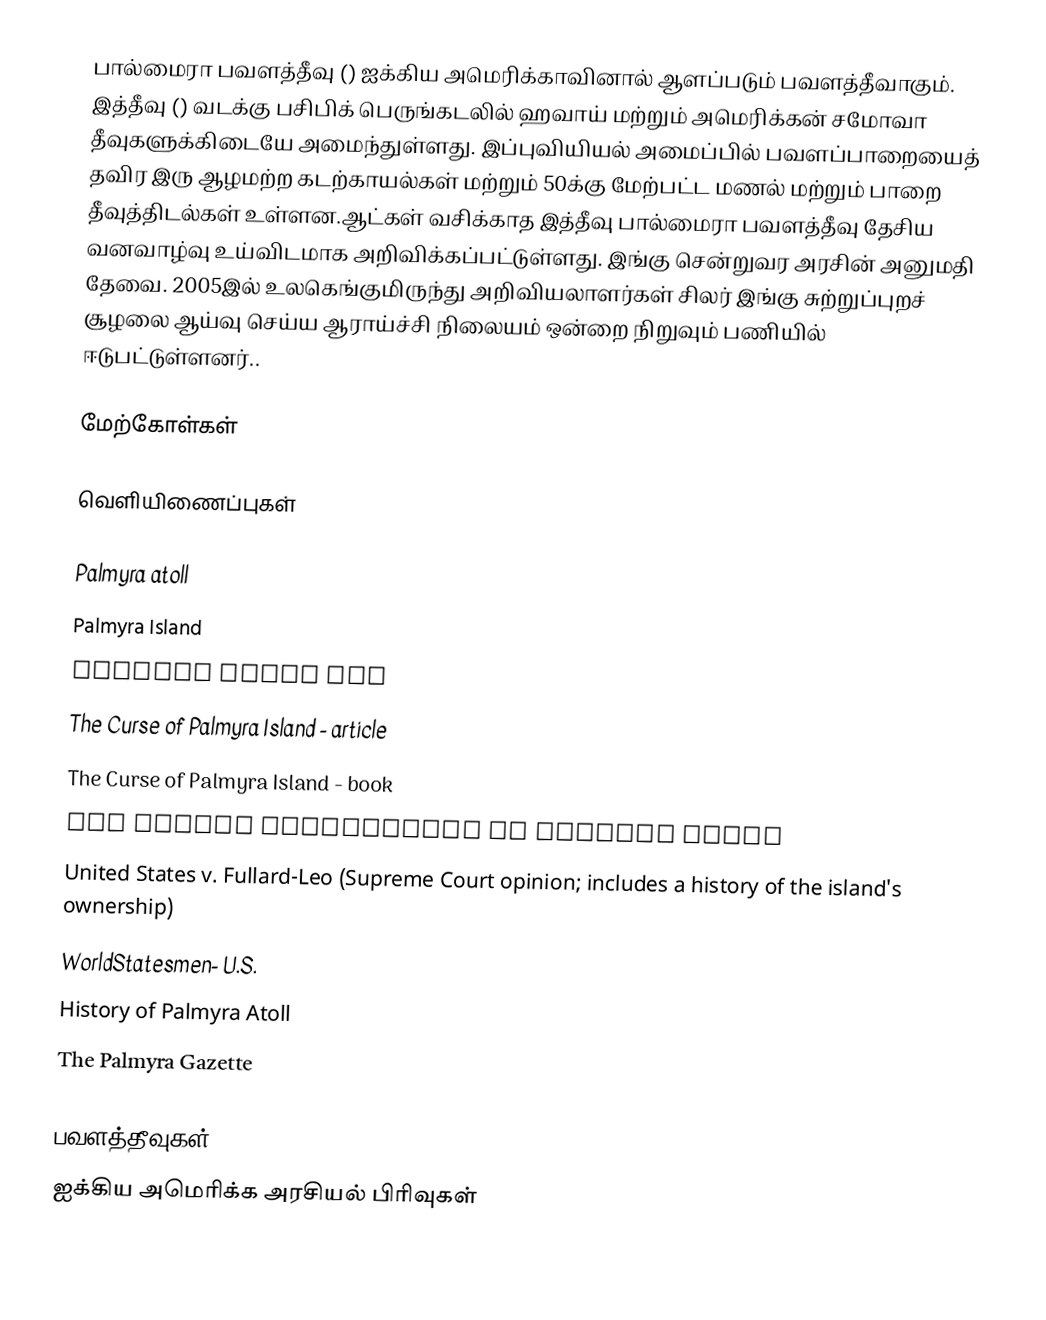
பால்மைரா பவளத்தீவு () ஐக்கிய அமெரிக்காவினால் ஆளப்படும் பவளத்தீவாகும். இத்தீவு () வடக்கு பசிபிக் பெருங்கடலில்  ஹவாய் மற்றும் அமெரிக்கன் சமோவா தீவுகளுக்கிடையே அமைந்துள்ளது. இப்புவியியல் அமைப்பில் பவளப்பாறையைத் தவிர இரு ஆழமற்ற கடற்காயல்கள் மற்றும் 50க்கு மேற்பட்ட மணல் மற்றும் பாறை தீவுத்திடல்கள் உள்ளன.ஆட்கள் வசிக்காத இத்தீவு  பால்மைரா பவளத்தீவு தேசிய வனவாழ்வு உய்விடமாக அறிவிக்கப்பட்டுள்ளது. இங்கு சென்றுவர அரசின் அனுமதி தேவை. 2005இல் உலகெங்குமிருந்து அறிவியலாளர்கள் சிலர் இங்கு சுற்றுப்புறச் சூழலை ஆய்வு செய்ய ஆராய்ச்சி நிலையம் ஒன்றை நிறுவும் பணியில் ஈடுபட்டுள்ளனர்..

மேற்கோள்கள்

வெளியிணைப்புகள்

 Palmyra atoll
 Palmyra Island
 Palmyra Atoll NWR
 The Curse of Palmyra Island - article
 The Curse of Palmyra Island - book
 The Nature Conservancy in Palmyra Atoll
 United States v. Fullard-Leo (Supreme Court opinion; includes a history of the island's ownership)
 WorldStatesmen- U.S.
 History of Palmyra Atoll
 The Palmyra Gazette

பவளத்தீவுகள்
ஐக்கிய அமெரிக்க அரசியல் பிரிவுகள்